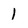
Character: 1